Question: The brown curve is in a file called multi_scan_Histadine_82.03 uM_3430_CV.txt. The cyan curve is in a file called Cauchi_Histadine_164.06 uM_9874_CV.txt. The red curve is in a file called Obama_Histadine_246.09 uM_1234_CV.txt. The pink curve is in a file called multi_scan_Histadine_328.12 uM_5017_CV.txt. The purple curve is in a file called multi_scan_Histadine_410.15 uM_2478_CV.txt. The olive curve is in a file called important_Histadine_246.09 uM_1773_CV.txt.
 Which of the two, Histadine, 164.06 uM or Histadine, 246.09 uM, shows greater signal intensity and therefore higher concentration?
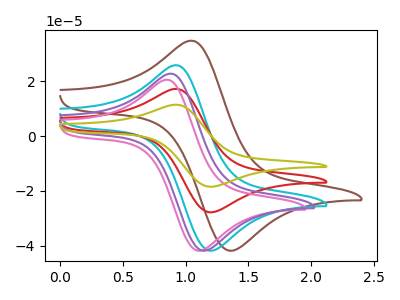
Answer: <think>The brown curve "Histadine, 82.03 uM" has an anodic peak at (1.05V, 34.60uA) and a cathodic peak at (1.35V, -41.90uA). The cyan curve "Histadine, 164.06 uM" has an anodic peak at (0.95V, 25.70uA) and a cathodic peak at (1.20V, -41.90uA). The red curve "Histadine, 246.09 uM" has an anodic peak at (0.95V, 17.10uA) and a cathodic peak at (1.20V, -27.85uA). The pink curve "Histadine, 328.12 uM" has an anodic peak at (0.85V, 20.40uA) and a cathodic peak at (1.10V, -41.90uA). The purple curve "Histadine, 410.15 uM" has an anodic peak at (0.90V, 22.60uA) and a cathodic peak at (1.15V, -41.90uA). The olive curve "Histadine, 246.09 uM" has an anodic peak at (0.95V, 34.15uA) and a cathodic peak at (1.20V, -55.70uA).
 All the peaks in "Histadine, 164.06 uM" have a peak in "Histadine, 246.09 uM" at the same potential. Every peak in "Histadine, 164.06 uM" is higher than every peak in "Histadine, 246.09 uM".</think>
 <answer>"Histadine, 164.06 uM" has more signal than "Histadine, 246.09 uM" and so likely has a higher concentration.</answer>
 <eval>more_concentration</eval>